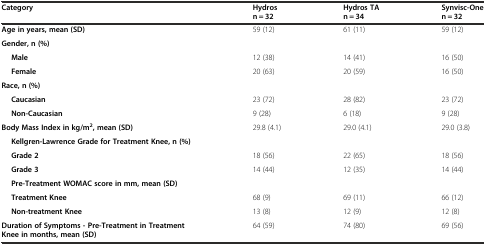
<table><thead><tr><td><b>Category</b></td><td><b>Hydros n = 32</b></td><td><b>Hydros TA n = 34</b></td><td><b>Synvisc-One n = 32</b></td></tr></thead><tbody><tr><td><b>Age in years, mean (SD)</b></td><td>59 (12)</td><td>61 (11)</td><td>59 (12)</td></tr><tr><td><b>Gender, n (%)</b></td><td></td><td></td><td></td></tr><tr><td><b>Male</b></td><td>12 (38)</td><td>14 (41)</td><td>16 (50)</td></tr><tr><td><b>Female</b></td><td>20 (63)</td><td>20 (59)</td><td>16 (50)</td></tr><tr><td><b>Race, n (%)</b></td><td></td><td></td><td></td></tr><tr><td><b>Caucasian</b></td><td>23 (72)</td><td>28 (82)</td><td>23 (72)</td></tr><tr><td><b>Non-Caucasian</b></td><td>9 (28)</td><td>6 (18)</td><td>9 (28)</td></tr><tr><td><b>Body Mass Index in kg/m</b><sup><b>2</b></sup><b>, mean (SD)</b></td><td>29.8 (4.1)</td><td>29.0 (4.1)</td><td>29.0 (3.8)</td></tr><tr><td><b>Kellgren-Lawrence Grade for Treatment Knee, n (%)</b></td><td></td><td></td><td></td></tr><tr><td><b>Grade 2</b></td><td>18 (56)</td><td>22 (65)</td><td>18 (56)</td></tr><tr><td><b>Grade 3</b></td><td>14 (44)</td><td>12 (35)</td><td>14 (44)</td></tr><tr><td><b>Pre-Treatment WOMAC score in mm, mean (SD)</b></td><td></td><td></td><td></td></tr><tr><td><b>Treatment Knee</b></td><td>68 (9)</td><td>69 (11)</td><td>66 (12)</td></tr><tr><td><b>Non-treatment Knee</b></td><td>13 (8)</td><td>12 (9)</td><td>12 (8)</td></tr><tr><td><b>Duration of Symptoms - Pre-Treatment in Treatment Knee in months, mean (SD)</b></td><td>64 (59)</td><td>74 (80)</td><td>69 (56)</td></tr></tbody></table>